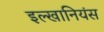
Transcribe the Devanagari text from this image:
इल्खानियंस